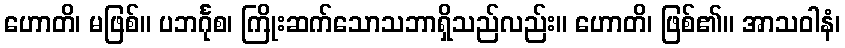
ဟောတိ၊ မဖြစ်။ ပဘင်္ဂုစ၊ ကြိုးဆက်သောသဘာရှိသည်လည်း။ ဟောတိ၊ ဖြစ်၏။ အာသဝါနံ၊